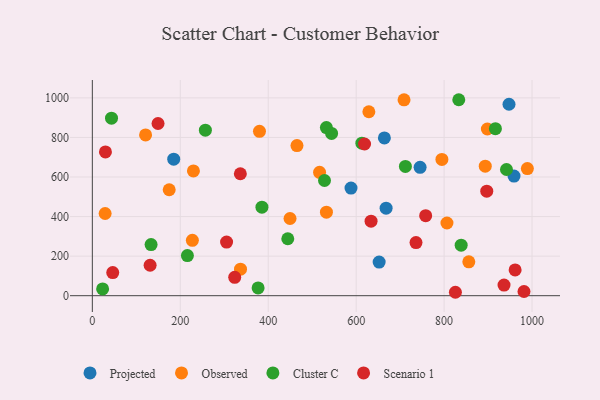
{"axis": {"x": "Engine Size", "y": "Rating"}, "legend": ["Cluster C", "Observed", "Projected", "Scenario 1"], "data": [{"x": "588.3", "y": 544.1, "type": "Projected"}, {"x": "652.3", "y": 170.0, "type": "Projected"}, {"x": "185.1", "y": 690.3, "type": "Projected"}, {"x": "947.6", "y": 967.8, "type": "Projected"}, {"x": "959.0", "y": 604.5, "type": "Projected"}, {"x": "664.2", "y": 797.7, "type": "Projected"}, {"x": "745.4", "y": 649.0, "type": "Projected"}, {"x": "668.1", "y": 442.4, "type": "Projected"}, {"x": "708.9", "y": 990.4, "type": "Observed"}, {"x": "628.9", "y": 929.8, "type": "Observed"}, {"x": "893.6", "y": 654.8, "type": "Observed"}, {"x": "121.1", "y": 812.8, "type": "Observed"}, {"x": "806.5", "y": 367.6, "type": "Observed"}, {"x": "337.0", "y": 134.2, "type": "Observed"}, {"x": "449.6", "y": 390.3, "type": "Observed"}, {"x": "795.0", "y": 688.7, "type": "Observed"}, {"x": "516.8", "y": 623.7, "type": "Observed"}, {"x": "380.1", "y": 830.7, "type": "Observed"}, {"x": "465.4", "y": 759.0, "type": "Observed"}, {"x": "898.4", "y": 842.6, "type": "Observed"}, {"x": "856.2", "y": 171.1, "type": "Observed"}, {"x": "532.4", "y": 422.2, "type": "Observed"}, {"x": "29.1", "y": 415.5, "type": "Observed"}, {"x": "174.8", "y": 535.6, "type": "Observed"}, {"x": "227.5", "y": 280.0, "type": "Observed"}, {"x": "989.4", "y": 642.5, "type": "Observed"}, {"x": "229.9", "y": 630.7, "type": "Observed"}, {"x": "838.8", "y": 255.5, "type": "Cluster C"}, {"x": "23.4", "y": 34.1, "type": "Cluster C"}, {"x": "712.0", "y": 653.5, "type": "Cluster C"}, {"x": "532.3", "y": 849.8, "type": "Cluster C"}, {"x": "216.2", "y": 202.7, "type": "Cluster C"}, {"x": "528.0", "y": 582.3, "type": "Cluster C"}, {"x": "133.6", "y": 258.6, "type": "Cluster C"}, {"x": "377.0", "y": 39.1, "type": "Cluster C"}, {"x": "544.1", "y": 820.4, "type": "Cluster C"}, {"x": "444.5", "y": 287.9, "type": "Cluster C"}, {"x": "385.7", "y": 447.7, "type": "Cluster C"}, {"x": "613.0", "y": 771.0, "type": "Cluster C"}, {"x": "941.9", "y": 637.9, "type": "Cluster C"}, {"x": "257.1", "y": 836.9, "type": "Cluster C"}, {"x": "43.6", "y": 897.2, "type": "Cluster C"}, {"x": "833.4", "y": 990.7, "type": "Cluster C"}, {"x": "916.7", "y": 844.5, "type": "Cluster C"}, {"x": "46.4", "y": 116.8, "type": "Scenario 1"}, {"x": "149.4", "y": 870.4, "type": "Scenario 1"}, {"x": "961.5", "y": 130.4, "type": "Scenario 1"}, {"x": "825.7", "y": 17.3, "type": "Scenario 1"}, {"x": "323.8", "y": 92.9, "type": "Scenario 1"}, {"x": "29.8", "y": 726.9, "type": "Scenario 1"}, {"x": "305.3", "y": 271.1, "type": "Scenario 1"}, {"x": "131.4", "y": 153.8, "type": "Scenario 1"}, {"x": "736.1", "y": 268.4, "type": "Scenario 1"}, {"x": "936.3", "y": 53.9, "type": "Scenario 1"}, {"x": "619.1", "y": 766.9, "type": "Scenario 1"}, {"x": "336.6", "y": 616.5, "type": "Scenario 1"}, {"x": "758.1", "y": 404.6, "type": "Scenario 1"}, {"x": "897.0", "y": 528.3, "type": "Scenario 1"}, {"x": "633.9", "y": 376.9, "type": "Scenario 1"}, {"x": "981.7", "y": 21.1, "type": "Scenario 1"}]}